Scottish Leaving Certificate Examination, 1957
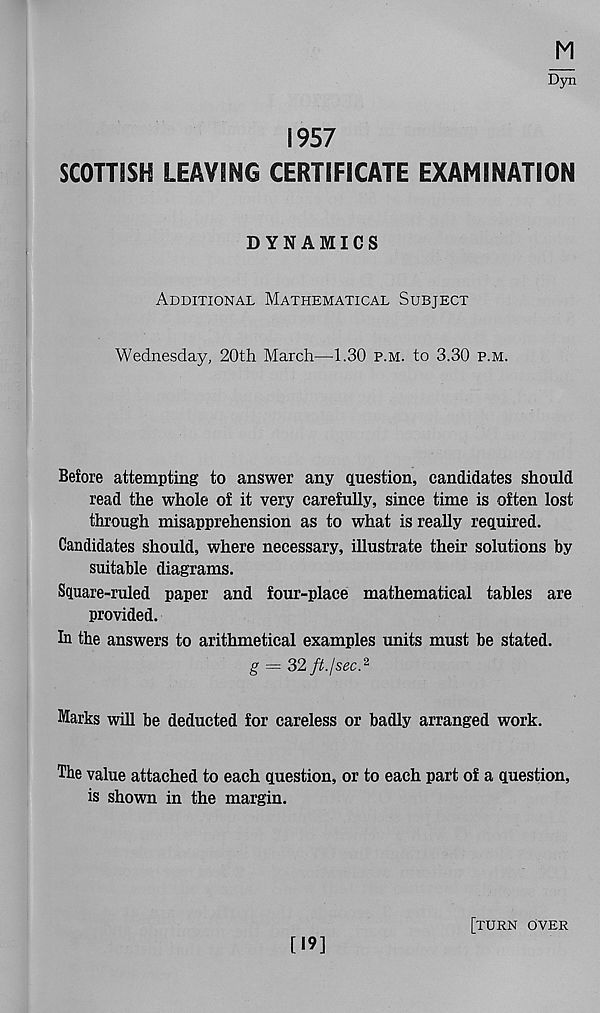
1957
SCOTTISH LEAVING CERTIFICATE EXAMINATION
DYNAMICS
Additional Mathematical Subject
Wednesday, 20th March—1.30 p.m. to 3.30 p.m.
Before attempting to answer any question, candidates should
read the whole of it very carefully, since time is often lost
through misapprehension as to what is really required.
Candidates should, where necessary, illustrate their solutions by
suitable diagrams.
Square-ruled paper and four-place mathematical tables are
provided.
hi the answers to arithmetical examples units must be stated.
g = 32 ft. j sec. 2
Marks will be deducted for careless or badly arranged work.
The value attached to each question, or to each part of a question,
is shown in the margin.
[19]
[turn over